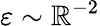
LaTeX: \varepsilon\sim\mathbb{R}^{-2}